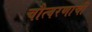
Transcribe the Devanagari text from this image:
चौत्वरणाची